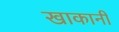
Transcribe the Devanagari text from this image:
खाकानी